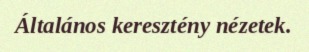
Általános keresztény nézetek.